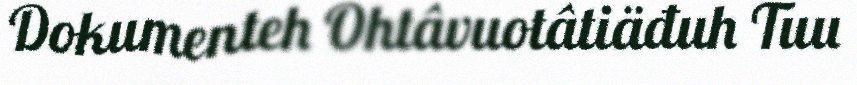
Dokumenteh Ohtâvuotâtiäđuh Tuu